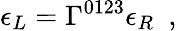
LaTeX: \epsilon_{L}=\Gamma^{0123}\epsilon_{R}~~,